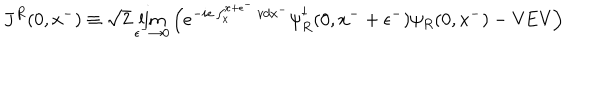
LaTeX: J ^ { R } ( 0 , x ^ { - } ) \equiv \sqrt { 2 } \lim _ { \epsilon ^ { - } \rightarrow 0 } \left( e ^ { - i e \int _ { x } ^ { x + \epsilon ^ { - } } v d x ^ { - } } \psi _ { R } ^ { \dagger } ( 0 , x ^ { - } + \epsilon ^ { - } ) \psi _ { R } ( 0 , x ^ { - } ) - \mathrm { V E V } \right)